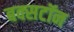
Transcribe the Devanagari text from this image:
बक्सटॉन